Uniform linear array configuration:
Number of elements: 4
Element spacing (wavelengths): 1
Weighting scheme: uniform
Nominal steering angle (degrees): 0
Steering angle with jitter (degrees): -1.847
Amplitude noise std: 0.05
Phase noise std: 0.05

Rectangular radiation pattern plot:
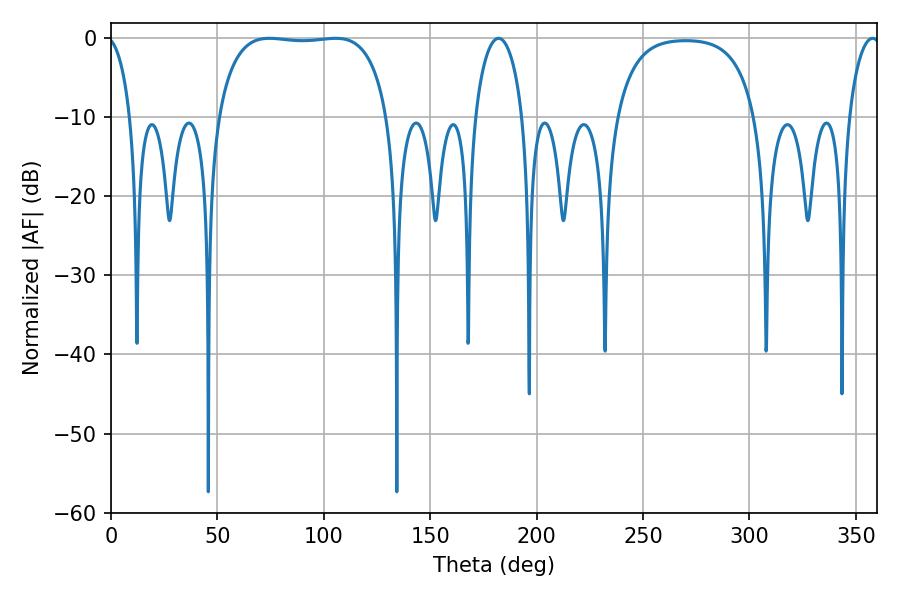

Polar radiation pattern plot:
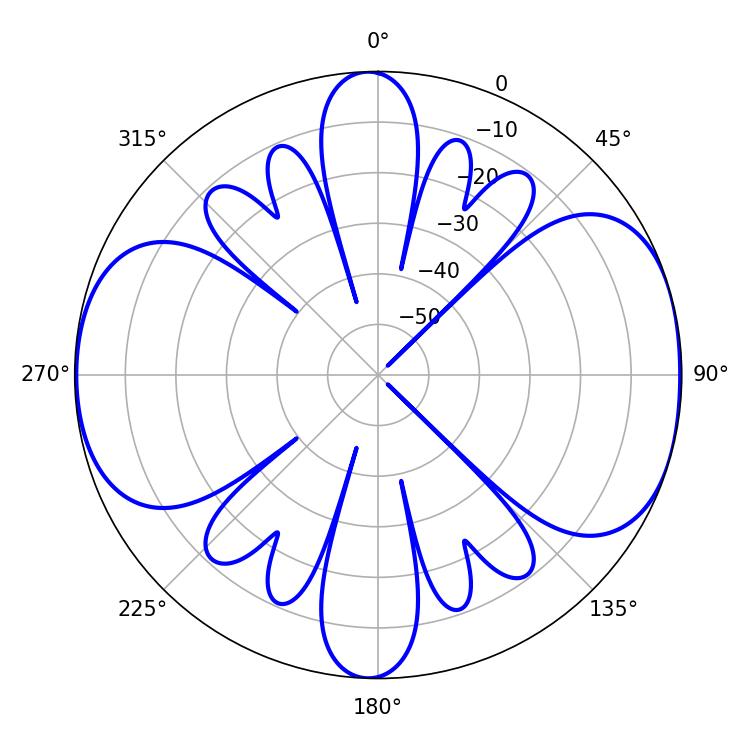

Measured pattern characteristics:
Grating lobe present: TRUE
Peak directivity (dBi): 8.409
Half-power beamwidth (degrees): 63.36
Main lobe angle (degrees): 74.34